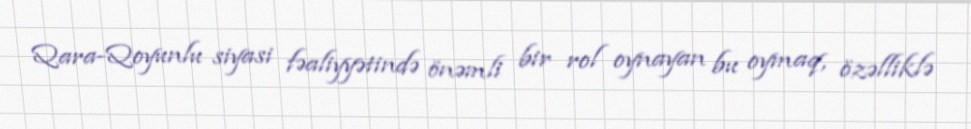
Qara-Qoyunlu siyasi fəaliyyətində önəmli bir rol oynayan bu oymaq, özəlliklə